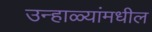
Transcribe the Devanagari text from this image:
उन्हाळ्यांमधील